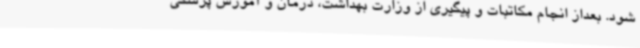
شود. بعداز انجام مکاتبات و پیگیری از وزارت بهداشت، درمان و آموزش پزشکی